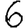
Digit: 6